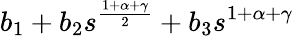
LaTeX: b_{1}+b_{2}s^{\frac{1+\alpha+\gamma}{2}}+b_{3}s^{1+\alpha+\gamma}